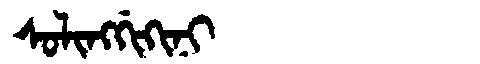
Manchu: ᠰᠣᠯᡳᠩᡤᡳᡴᡳᠨᡳ
Romanization: SOLINGGIKINI